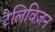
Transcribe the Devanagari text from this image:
टैलिविज़न